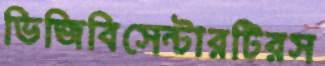
ভিজিবিসেন্টারটিরস